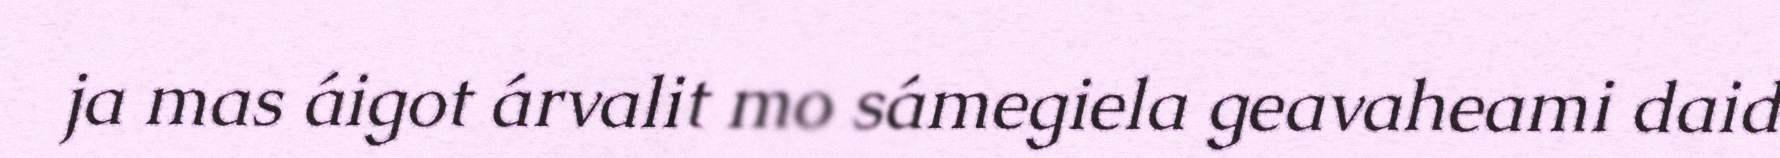
ja mas áigot árvalit mo sámegiela geavaheami daid